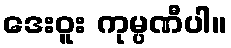
ဒေးဝူး ကုမ္ပဏီပါ။